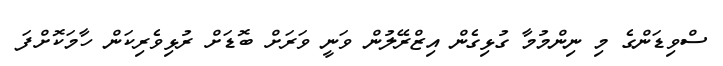
ސްވިޑަންގެ މި ނިންމުމާ ގުޅިގެން އިޒްރޭލުން ވަނީ ވަރަށް ބޮޑަށް ރުޅިވެރިކަން ހާމަކޮށްފަ